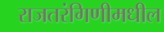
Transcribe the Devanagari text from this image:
राजतरंगिणीमधील